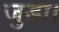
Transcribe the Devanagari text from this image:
जुडा।